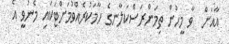
އާއަށް  ވާ މީހުން ތިމަންރަސްކަލާނގެ ހާމަކުރެއްވުމަށްޓަކައި މެނުވީ އެ